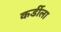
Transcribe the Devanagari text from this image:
कर्डीला